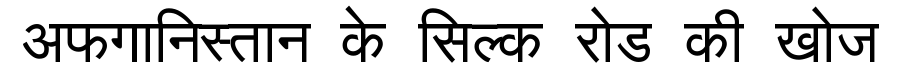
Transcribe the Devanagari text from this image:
अफगानिस्तान के सिल्क रोड की खोज